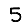
Digit: 5